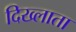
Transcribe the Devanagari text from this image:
दिख्लाता